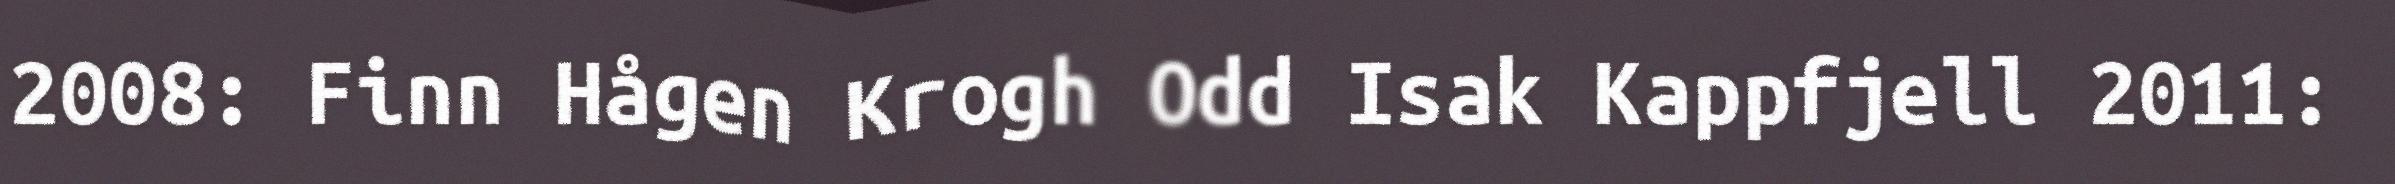
2008: Finn Hågen Krogh Odd Isak Kappfjell 2011: